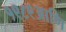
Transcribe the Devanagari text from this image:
१९८९आणि